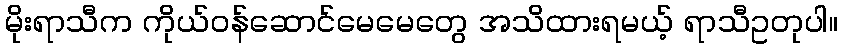
မိုးရာသီက ကိုယ်ဝန်ဆောင်မေမေတွေ အသိထားရမယ့် ရာသီဥတုပါ။